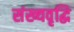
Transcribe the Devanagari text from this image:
संख्यवृद्धि